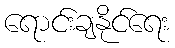
ရောင်းချနိုင်ရေး